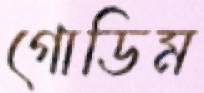
গোডিম